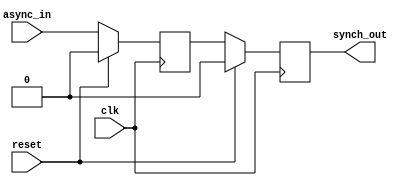
// Sycnronize a signal to a new clock domain using dual flip flops

// Inspired by:
// https://verificationacademy.com/forums/systemverilog/combinationally-sampling-input-clocking-block
module sync_ss(
    input clk,
    input reset,
    input async_in,
    output synch_out);

    reg meta;
    reg synch_out_reg;

    assign synch_out = synch_out_reg;

always @(posedge clk)
    if (reset) begin
        meta <= 1'b0;
        synch_out_reg <= 1'b0;
    end
    else begin
        meta <= async_in;
        synch_out_reg <= meta;
    end

endmodule